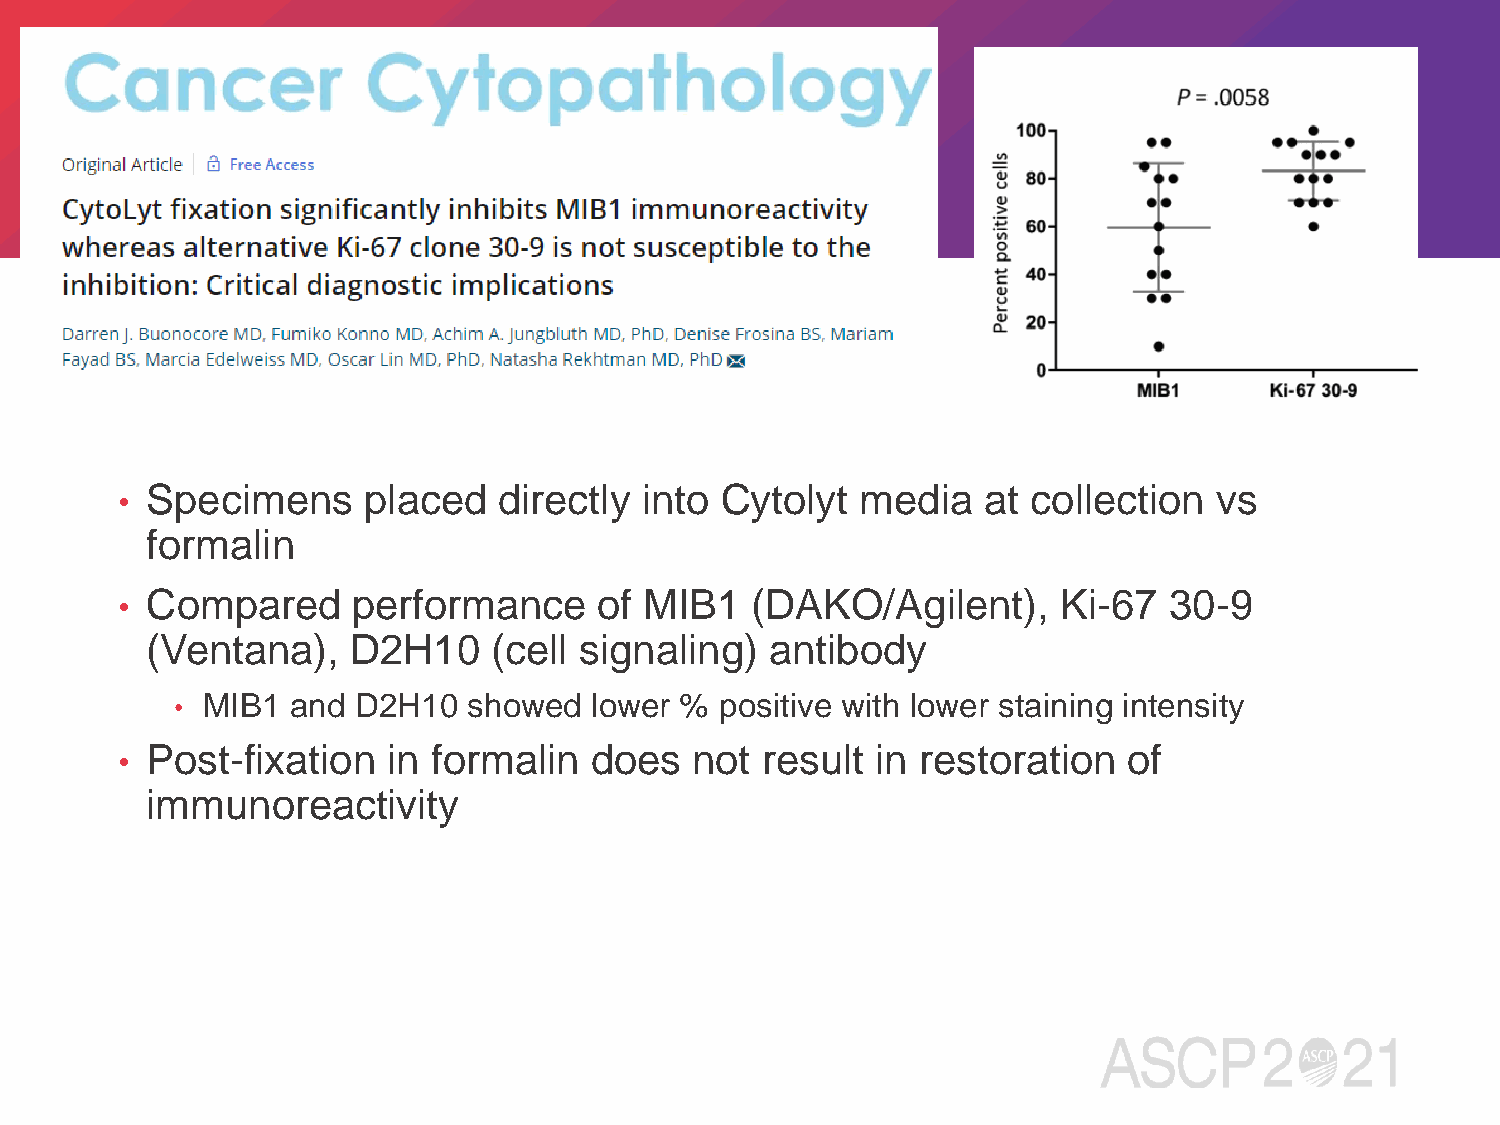
Specimens     placed   directly into  Cytolyt  media   at collection   vs
 •
 formalin
 Compared     performance      of MIB1   (DAKO/Agilent),     Ki-67  30-9
 •
 (Ventana),   D2H10     (cell signaling)  antibody
 • MIB1 and D2H10   showed  lower %  positive with lower staining intensity
 Post-fixation   in formalin  does   not result  in restoration   of
 •
 immunoreactivity